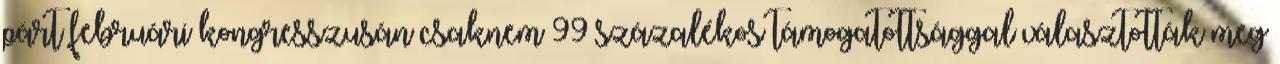
párt februári kongresszusán csaknem 99 százalékos támogatottsággal választották meg